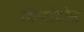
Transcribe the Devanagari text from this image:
किबोटोस